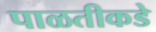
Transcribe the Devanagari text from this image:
पाळतीकडे